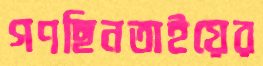
গণছিনতাইয়ের